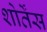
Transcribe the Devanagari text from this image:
शोर्तेंस